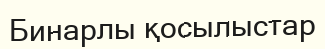
Бинарлы қосылыстар